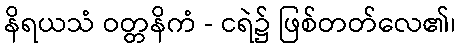
နိရယသံ ဝတ္တနိကံ - ငရဲ၌ ဖြစ်တတ်လေ၏၊